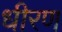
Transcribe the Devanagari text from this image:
धीरण